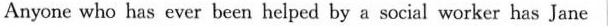
Anyone who has ever been helped by a social worker has Jane C. Her efforts to win a prize.